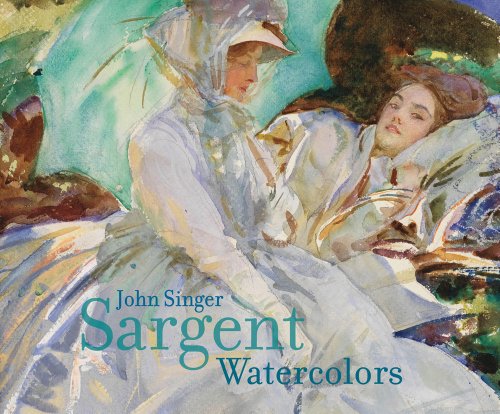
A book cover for John Singer Sargent: Watercolors; Erica Hirshler; Arts & Photography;